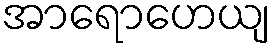
အာရောဟေယျ